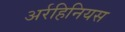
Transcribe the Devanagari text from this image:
अर्रहिनियस